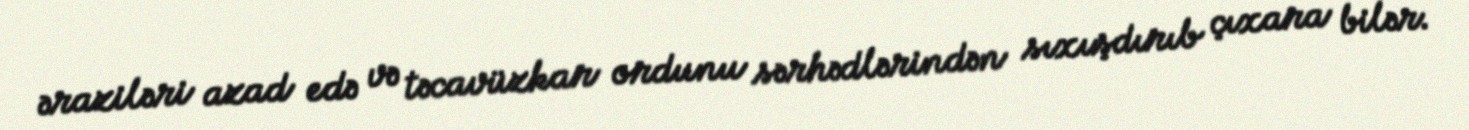
əraziləri azad edə və təcavüzkar ordunu sərhədlərindən sıxışdırıb çıxara bilər.